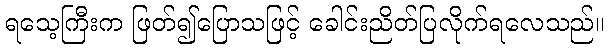
ရသေ့ကြီးက ဖြတ်၍ပြောသဖြင့် ခေါင်းညိတ်ပြလိုက်ရလေသည်။